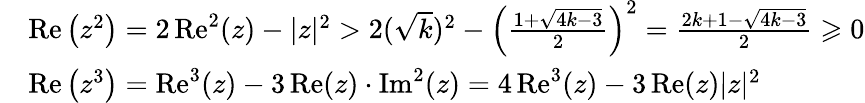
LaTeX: \begin{array}{rl}&{\operatorname{Re}\left(z^{2}\right)=2\operatorname{Re}^{2}(z)-|z|^{2}>2(\sqrt{k})^{2}-\left(\frac{1+\sqrt{4k-3}}{2}\right)^{2}=\frac{2k+1-\sqrt{4k-3}}{2}\geqslant 0}\\ &{\operatorname{Re}\left(z^{3}\right)=\operatorname{Re}^{3}(z)-3\operatorname{Re}(z)\cdot\operatorname{Im}^{2}(z)=4\operatorname{Re}^{3}(z)-3\operatorname{Re}(z)|z|^{2}}\end{array}